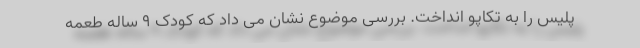
پلیس را به تکاپو انداخت. بررسی موضوع نشان می داد که کودک ۹ ساله طعمه